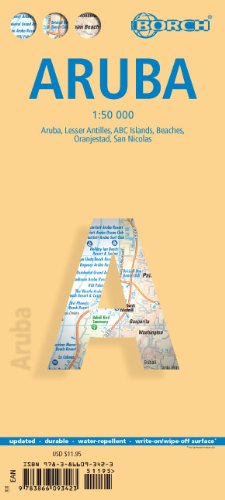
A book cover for Laminated Aruba Map by Borch (English, Spanish, French, Italian and German Edition); Borch; Travel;